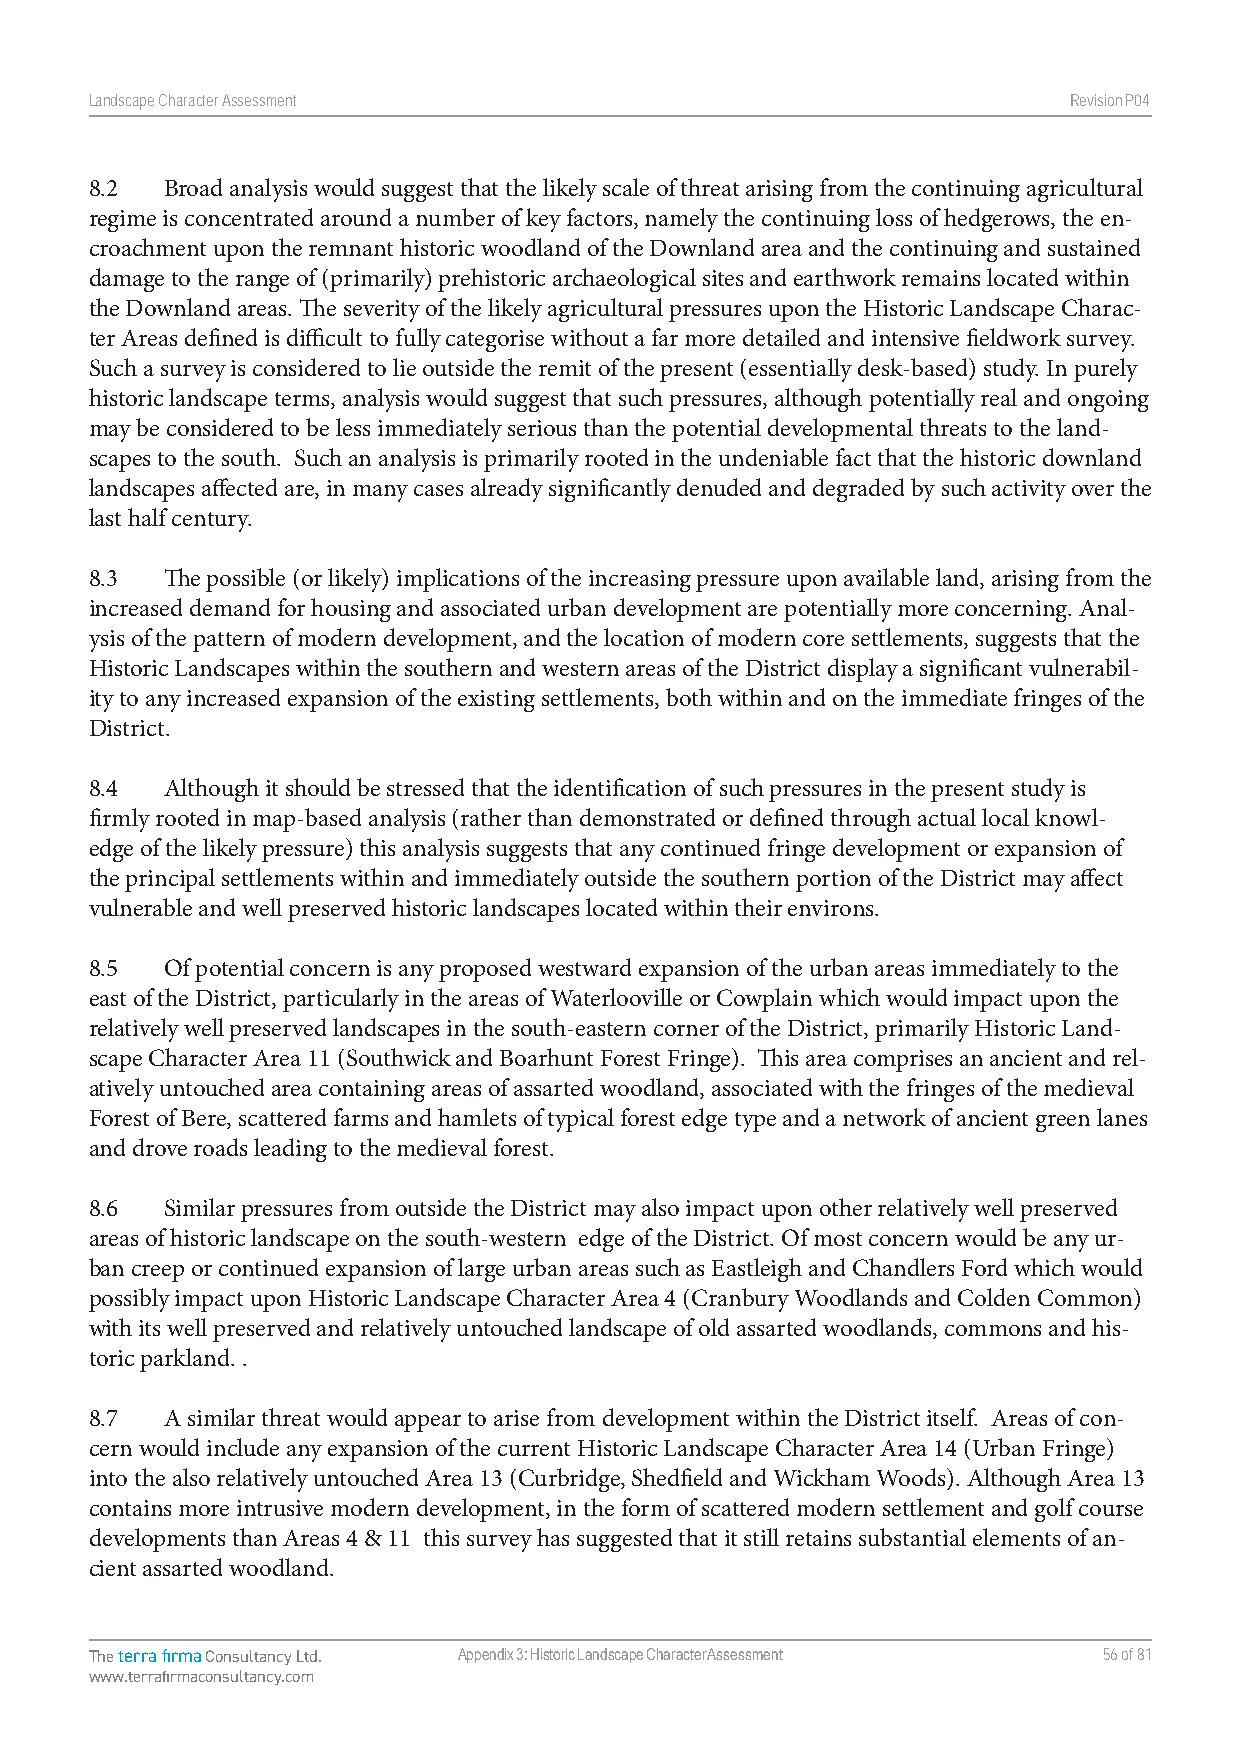
Landscape Character Assessment                                   RevisionP047
 8.2  Broad analysis would suggest that the likely scale of threat arising from the continuing agricultural
 regime is concentrated around a number of key factors, namely the continuing loss of hedgerows, the en-
 croachment upon the remnant historic woodland of the Downland area and the continuing and sustained
 damage to the range of (primarily) prehistoric archaeological sites and earthwork remains located within
 the Downland areas. The severity of the likely agricultural pressures upon the Historic Landscape Charac-
 ter Areas defined is difficult to fully categorise without a far more detailed and intensive fieldwork survey.
 Such a survey is considered to lie outside the remit of the present (essentially desk-based) study. In purely
 historic landscape terms, analysis would suggest that such pressures, although potentially real and ongoing
 may be considered to be less immediately serious than the potential developmental threats to the land-
 scapes to the south. Such an analysis is primarily rooted in the undeniable fact that the historic downland
 landscapes affected are, in many cases already significantly denuded and degraded by such activity over the
 last half century.
 8.3  The possible (or likely) implications of the increasing pressure upon available land, arising from the
 increased demand for housing and associated urban development are potentially more concerning. Anal-
 ysis of the pattern of modern development, and the location of modern core settlements, suggests that the
 Historic Landscapes within the southern and western areas of the District display a significant vulnerabil-
 ity to any increased expansion of the existing settlements, both within and on the immediate fringes of the
 District.
 8.4  Although it should be stressed that the identification of such pressures in the present study is
 firmly rooted in map-based analysis (rather than demonstrated or defined through actual local knowl-
 edge of the likely pressure) this analysis suggests that any continued fringe development or expansion of
 the principal settlements within and immediately outside the southern portion of the District may affect
 vulnerable and well preserved historic landscapes located within their environs.
 8.5  Of potential concern is any proposed westward expansion of the urban areas immediately to the
 east of the District, particularly in the areas of Waterlooville or Cowplain which would impact upon the
 relatively well preserved landscapes in the south-eastern corner of the District, primarily Historic Land-
 scape Character Area 11 (Southwick and Boarhunt Forest Fringe). This area comprises an ancient and rel-
 atively untouched area containing areas of assarted woodland, associated with the fringes of the medieval
 Forest of Bere, scattered farms and hamlets of typical forest edge type and a network of ancient green lanes
 and drove roads leading to the medieval forest.
 8.6  Similar pressures from outside the District may also impact upon other relatively well preserved
 areas of historic landscape on the south-western edge of the District. Of most concern would be any ur-
 ban creep or continued expansion of large urban areas such as Eastleigh and Chandlers Ford which would
 possibly impact upon Historic Landscape Character Area 4 (Cranbury Woodlands and Colden Common)
 with its well preserved and relatively untouched landscape of old assarted woodlands, commons and his-
 toric parkland. .
 8.7  A similar threat would appear to arise from development within the District itself. Areas of con-
 cern would include any expansion of the current Historic Landscape Character Area 14 (Urban Fringe)
 into the also relatively untouched Area 13 (Curbridge, Shedfield and Wickham Woods). Although Area 13
 contains more intrusive modern development, in the form of scattered modern settlement and golf course
 developments than Areas 4 & 11 this survey has suggested that it still retains substantial elements of an-
 cient assarted woodland.
 The terra firma Consultancy Ltd. Appendix 3: Historic Landscape Character Assessment 56 of 81
 www.terrafirmaconsultancy.com